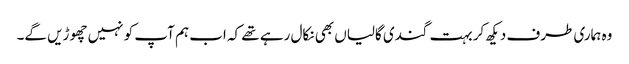
وہ ہماری طرف دیکھ کر بہت گندی گالیاں بھی نکال رہے تھے کہ اب ہم آپ کو نہیں چھوڑیں گے۔